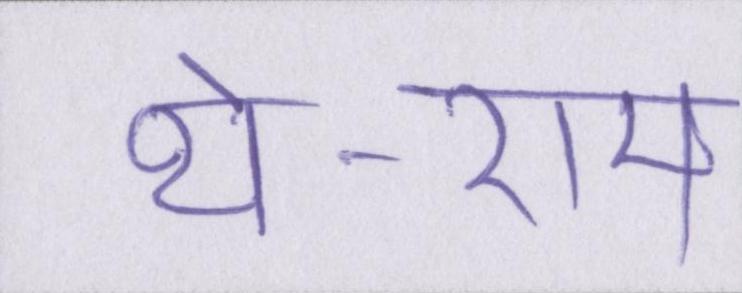
थे-राम